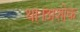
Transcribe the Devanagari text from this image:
था।अशोक